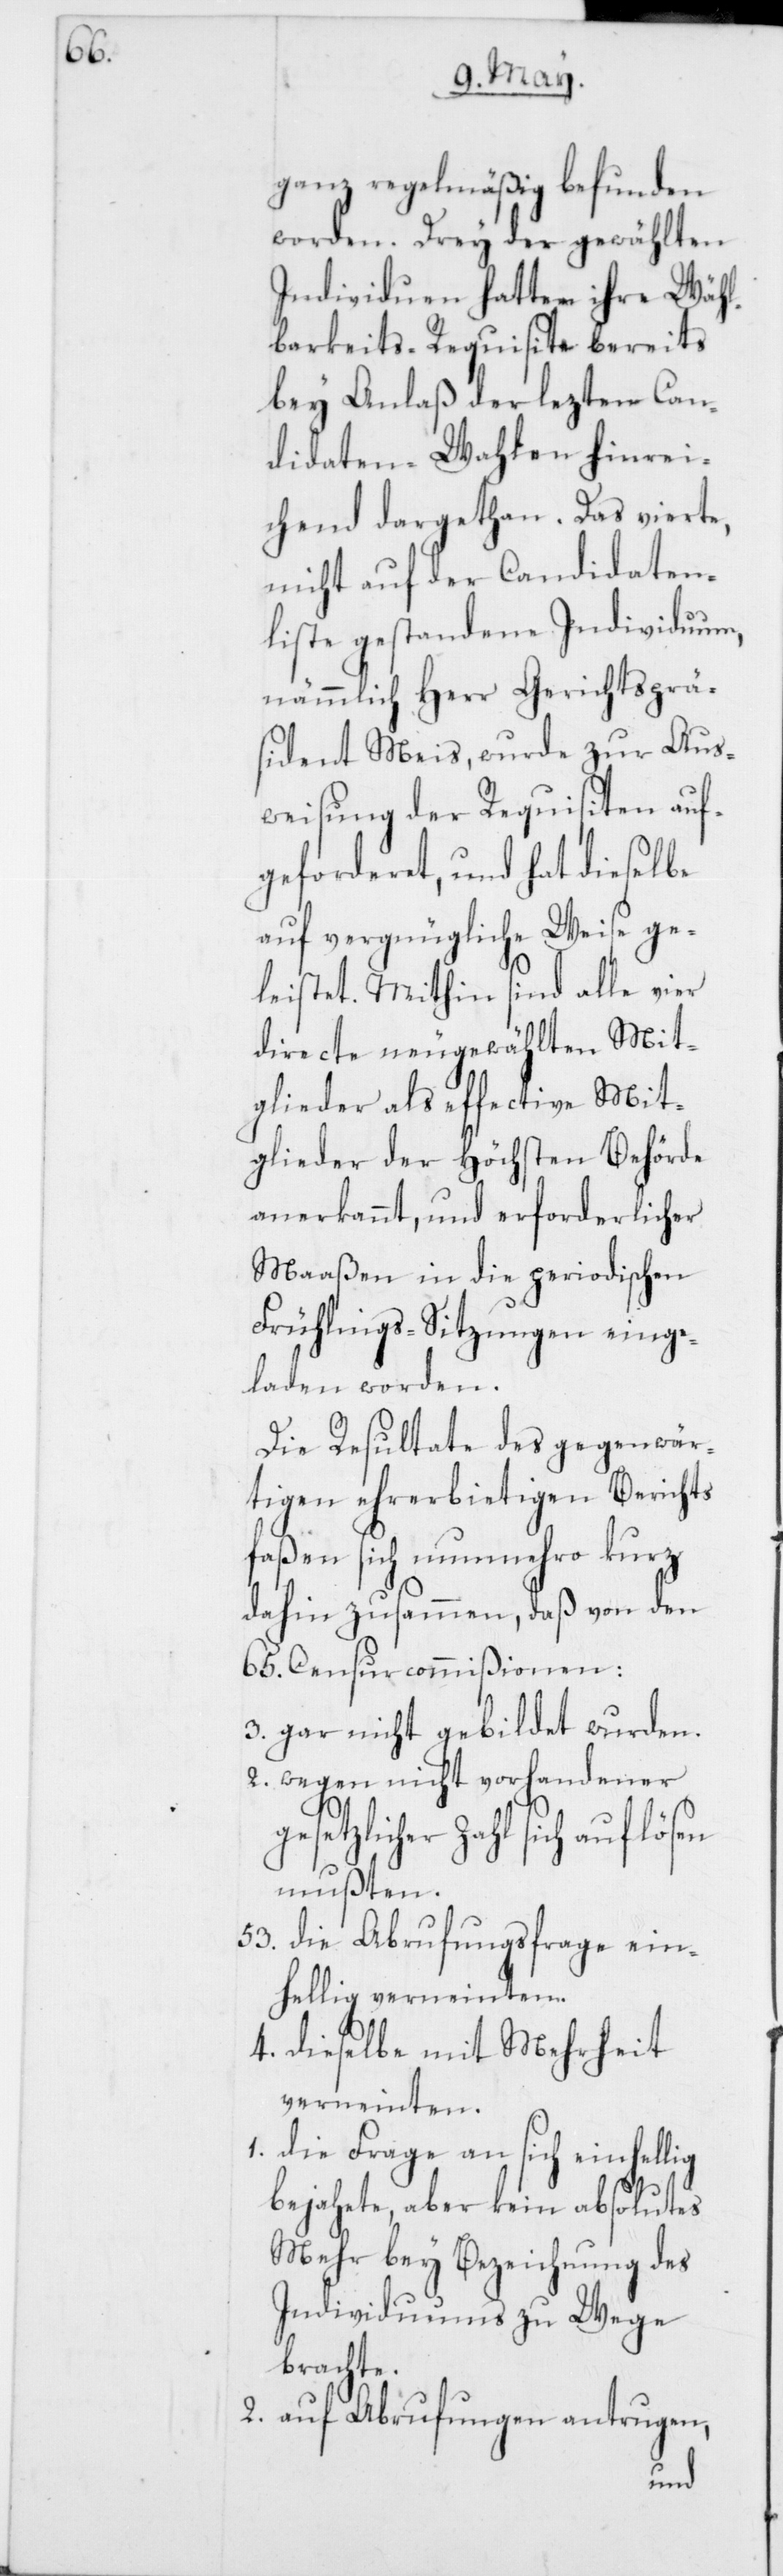
ganz regelmäßig befunden
worden. Drey der gewählten
Individuen hatten ihre Wähl¬
barkeits-Requisite bereits
bey Anlaß der lezten Can¬
didaten-Wahlen hinrei¬
chend dargethan. Das vierte,
nicht auf der Candidaten¬
liste gestandene Individuum,
nämmlich Herr Gerichtsprä¬
sident Meis, wurde zur Aus¬
weisung der Requisiten auf¬
geforderet, und hat dieselbe
auf vergnügliche Weise ge¬
leistet. Mithin sind alle vier
directe neugewählten Mit¬
glieder als effective Mit¬
glieder der Höchsten Behörde
anerkannt, und erforderlicher
Maaßen in die periodischen
Frühlings-Sitzungen einge¬
laden worden.
Die Resultate des gegenwär¬
tigen ehrerbietigen Berichts
faßen sich nunmehro kurz
dahin zusammen, daß von den
65. Censurcommißionen:
3. gar nicht gebildet wurden.
2. wegen nicht vorhandener
gesetzlicher Zahl sich
mußten.
53. die Abrufungsfrage ein¬
hellig verneinten.
4. dieselbe mit Mehrheit
verneinten.
1. die Frage an sich einhellig
bejahete, aber kein absolutes
Mehr bey Bezeichnung des
Individuums zu Wege
brachte.
2. auf Abrufungen antrugen,